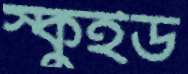
স্কুইড